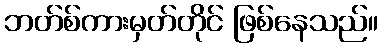
ဘတ်စ်ကားမှတ်တိုင် ဖြစ်နေသည်။